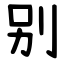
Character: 别